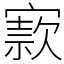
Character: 𡪡